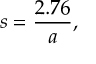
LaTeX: s = { \frac { 2 . 7 6 } { a } } ,